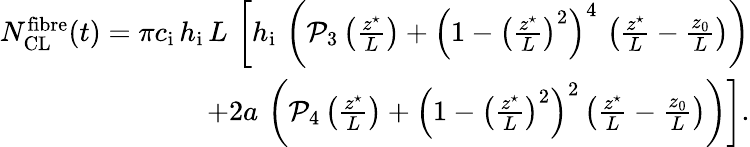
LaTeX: \begin{array}{r}{N_{\mathrm{CL}}^{\mathrm{fibre}}(t)=\pi c_{\mathrm{i}}\, h_{\mathrm{i}}\, L\, \left[h_{\mathrm{i}}\, \left(\mathcal{P}_{3}\left(\frac{z^{\star}}{L}\right)+\left(1-\left(\frac{z^{\star}}{L}\right)^{2}\right)^{4}\, \left(\frac{z^{\star}}{L}-\frac{z_{0}}{L}\right)\right)\right.}\\ {\left.+2a\, \left(\mathcal{P}_{4}\left(\frac{z^{\star}}{L}\right)+\left(1-\left(\frac{z^{\star}}{L}\right)^{2}\right)^{2}\left(\frac{z^{\star}}{L}-\frac{z_{0}}{L}\right)\right)\right].}\end{array}